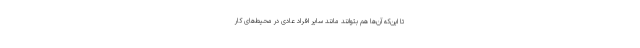
تا این‌که آن‌ها هم بتوانند مانند سایر افراد عادی در محیط‌های کار